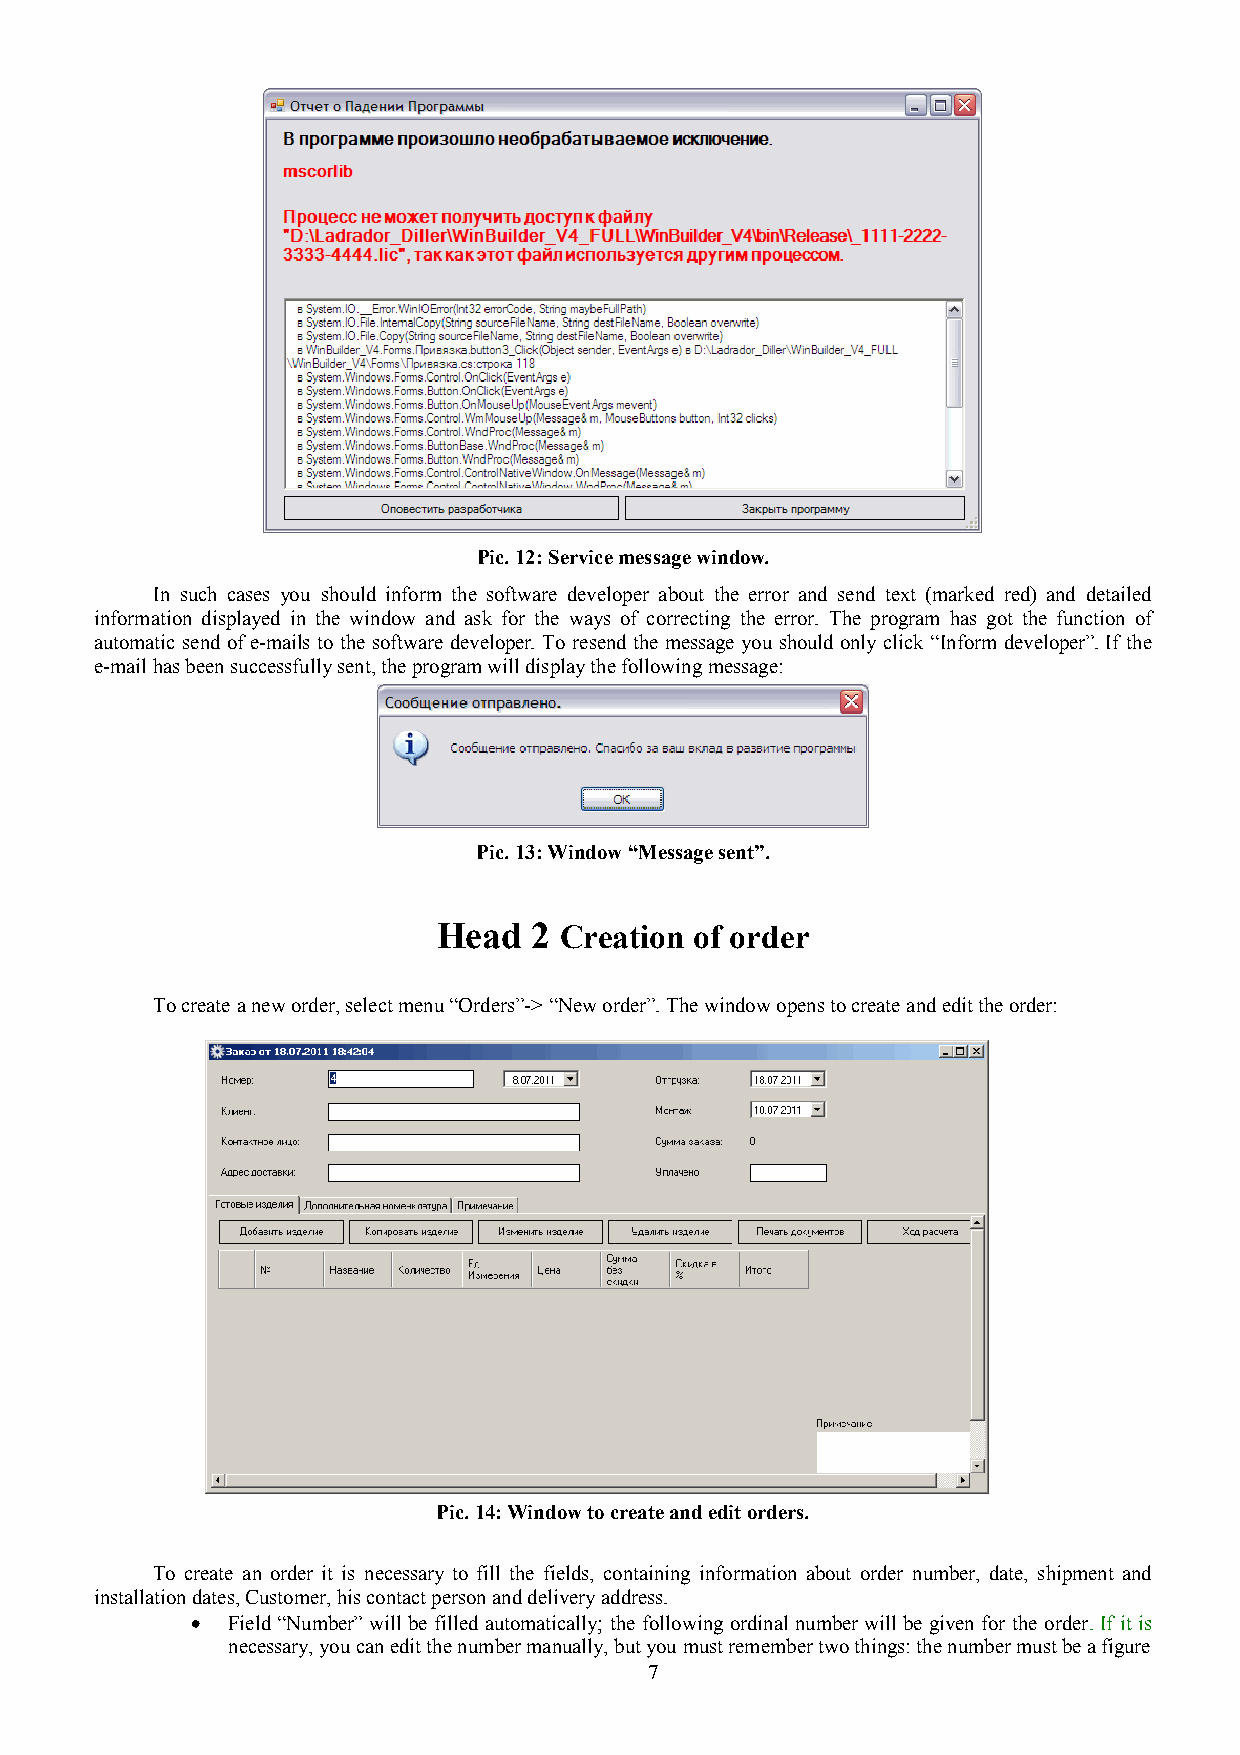
Pic. 12: Service message window.
 In such cases you should inform the software developer about the error and send text (marked red) and detailed
 information displayed in the window and ask for the ways of correcting the error. The program has got the function of
 automatic send of e-mails to the software developer. To resend the message you should only click “Inform developer”. If the
 e-mail has been successfully sent, the program will display the following message:
 Pic. 13: Window “Message sent”.
 Head  2 Creation of order
 To create a new order, select menu “Orders”-> “New order”. The window opens to create and edit the order:
 Pic. 14: Window to create and edit orders.
 To create an order it is necessary to fill the fields, containing information about order number, date, shipment and
 installation dates, Customer, his contact person and delivery address.
 • Field “Number” will be filled automatically; the following ordinal number will be given for the order. If it is
 necessary, you can edit the number manually, but you must remember two things: the number must be a figure
 7